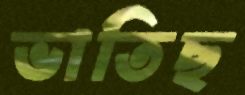
ভাতিছ